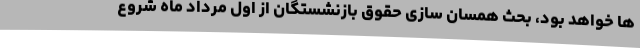
ها خواهد بود، بحث همسان سازی حقوق بازنشستگان از اول مرداد ماه شروع